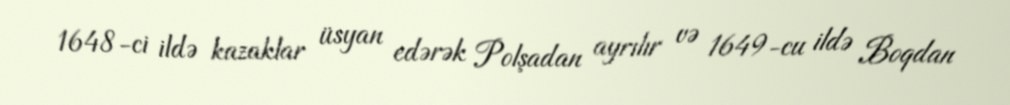
1648-ci ildə kazaklar üsyan edərək Polşadan ayrılır və 1649-cu ildə Boqdan